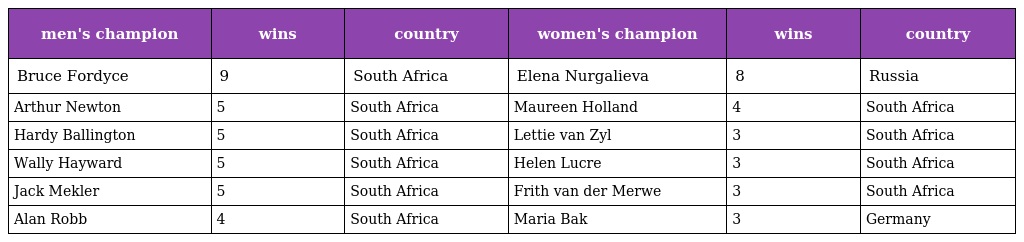
| men's champion | wins | country | women's champion | wins | country |
 | --- | --- | --- | --- | --- | --- |
 | Bruce Fordyce | 9 | South Africa | Elena Nurgalieva | 8 | Russia |
 | Arthur Newton | 5 | South Africa | Maureen Holland | 4 | South Africa |
 | Hardy Ballington | 5 | South Africa | Lettie van Zyl | 3 | South Africa |
 | Wally Hayward | 5 | South Africa | Helen Lucre | 3 | South Africa |
 | Jack Mekler | 5 | South Africa | Frith van der Merwe | 3 | South Africa |
 | Alan Robb | 4 | South Africa | Maria Bak | 3 | Germany |